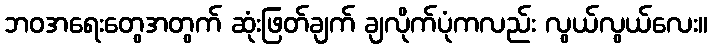
ဘဝအရေးတွေအတွက် ဆုံးဖြတ်ချက် ချလိုက်ပုံကလည်း လွယ်လွယ်လေး။